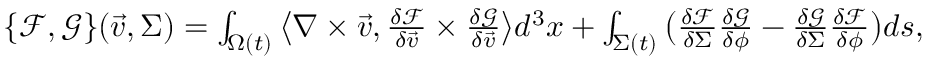
\begin{array} { r } { \{ \mathcal { F } , \mathcal { G } \} ( \vec { v } , \Sigma ) = \int _ { \Omega ( t ) } \big \langle \nabla \times \vec { v } , \frac { \delta \mathcal { F } } { \delta \vec { v } } \times \frac { \delta \mathcal { G } } { \delta \vec { v } } \big \rangle d ^ { 3 } x + \int _ { \Sigma ( t ) } \big ( \frac { \delta \mathcal { F } } { \delta \Sigma } \frac { \delta \mathcal { G } } { \delta \phi } - \frac { \delta \mathcal { G } } { \delta \Sigma } \frac { \delta \mathcal { F } } { \delta \phi } \big ) d s , } \end{array}